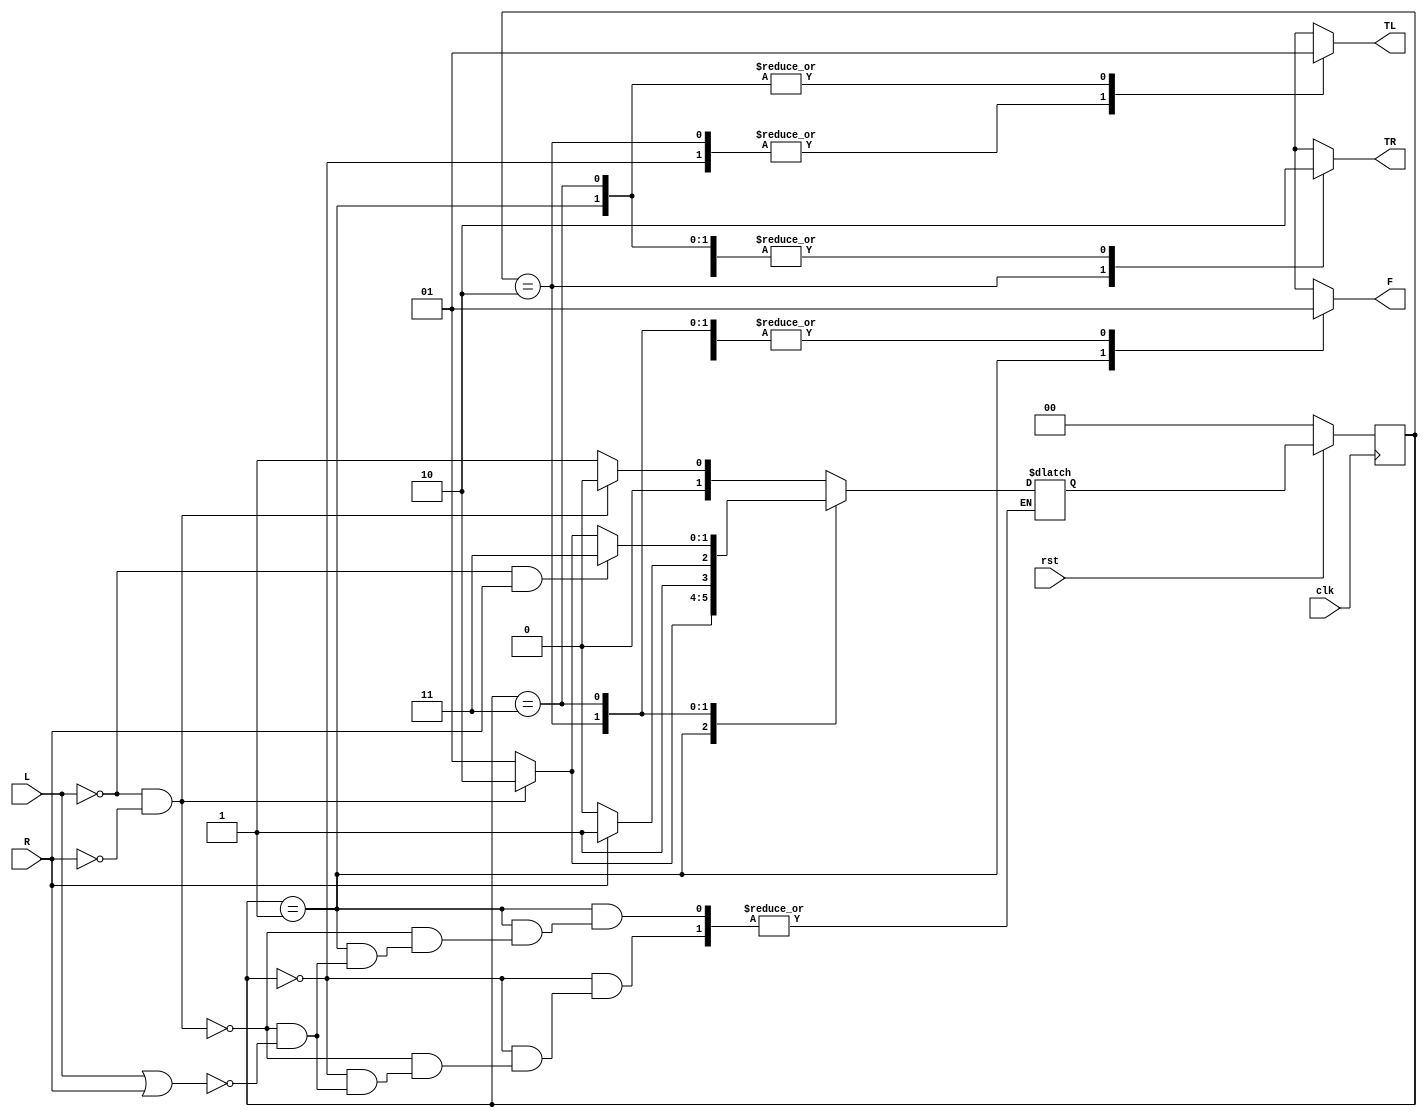
`timescale 1ns/1ns

module FSM5state(
    input R,L,rst,clk,
    output reg TL,TR,F );

   localparam LOST = 2'D0, 
              RCCW =2'D1, 
              Wall1=2'd2,
              Wall2=2'd3;
              
 
   reg [1:0]next_state,present_state ;

   always @(posedge clk)
     begin
      if(!rst)
        present_state <= LOST;
      else
        present_state <= next_state;
      end

   always @(*)
      begin
        case(present_state)
          LOST : begin
                   if((!L) & (!R)) 
                     next_state = LOST;
                  else if(L | R)
                    next_state = RCCW; end

          RCCW : begin 
                   if((!L) & (!R)) 
                     next_state = Wall1;
                  else if(L | R)
                    next_state = RCCW; end
         Wall1 : begin
                   if(R) 
                     next_state = Wall2;
                  else
                    next_state = Wall1; end

         Wall2 : begin
                   if((!L) & (R)) 
                     next_state = Wall2;
                  else if((!L) & (!R)) 
                    next_state = Wall1;
                 else 
                   next_state = RCCW;  end

      default: next_state = LOST;
     endcase
  end

 always @(present_state)
   begin
     case(present_state)
       
     LOST: begin
             TL = 1'b0;
             TR = 1'b0;
              F = 1'b1; end
    
     RCCW: begin
             TL = 1'b1;
             TR = 1'b0;
              F = 1'b0; end

       Wall1: begin
             TL = 1'b0;
             TR = 1'b1;
              F = 1'b1; end
  
      Wall2: begin
             TL = 1'b1;
             TR = 1'b0;
              F = 1'b1; end
   default: begin
             TL = 1'b0;
             TR = 1'b0;
              F = 1'b1; end
   endcase
   end
 endmodule